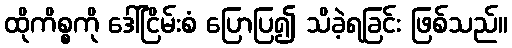
ထိုကိစ္စကို ဒေါ်ငြိမ်းစံ ပြောပြ၍ သိခဲ့ရခြင်း ဖြစ်သည်။